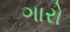
ગારો